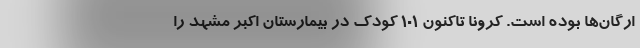
ارگان‌ها بوده است. کرونا تاکنون ۱۰۱ کودک در بیمارستان اکبر مشهد را